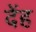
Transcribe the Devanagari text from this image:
देंह